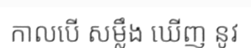
កាលបើ សម្លឹង ឃើញ នូវ